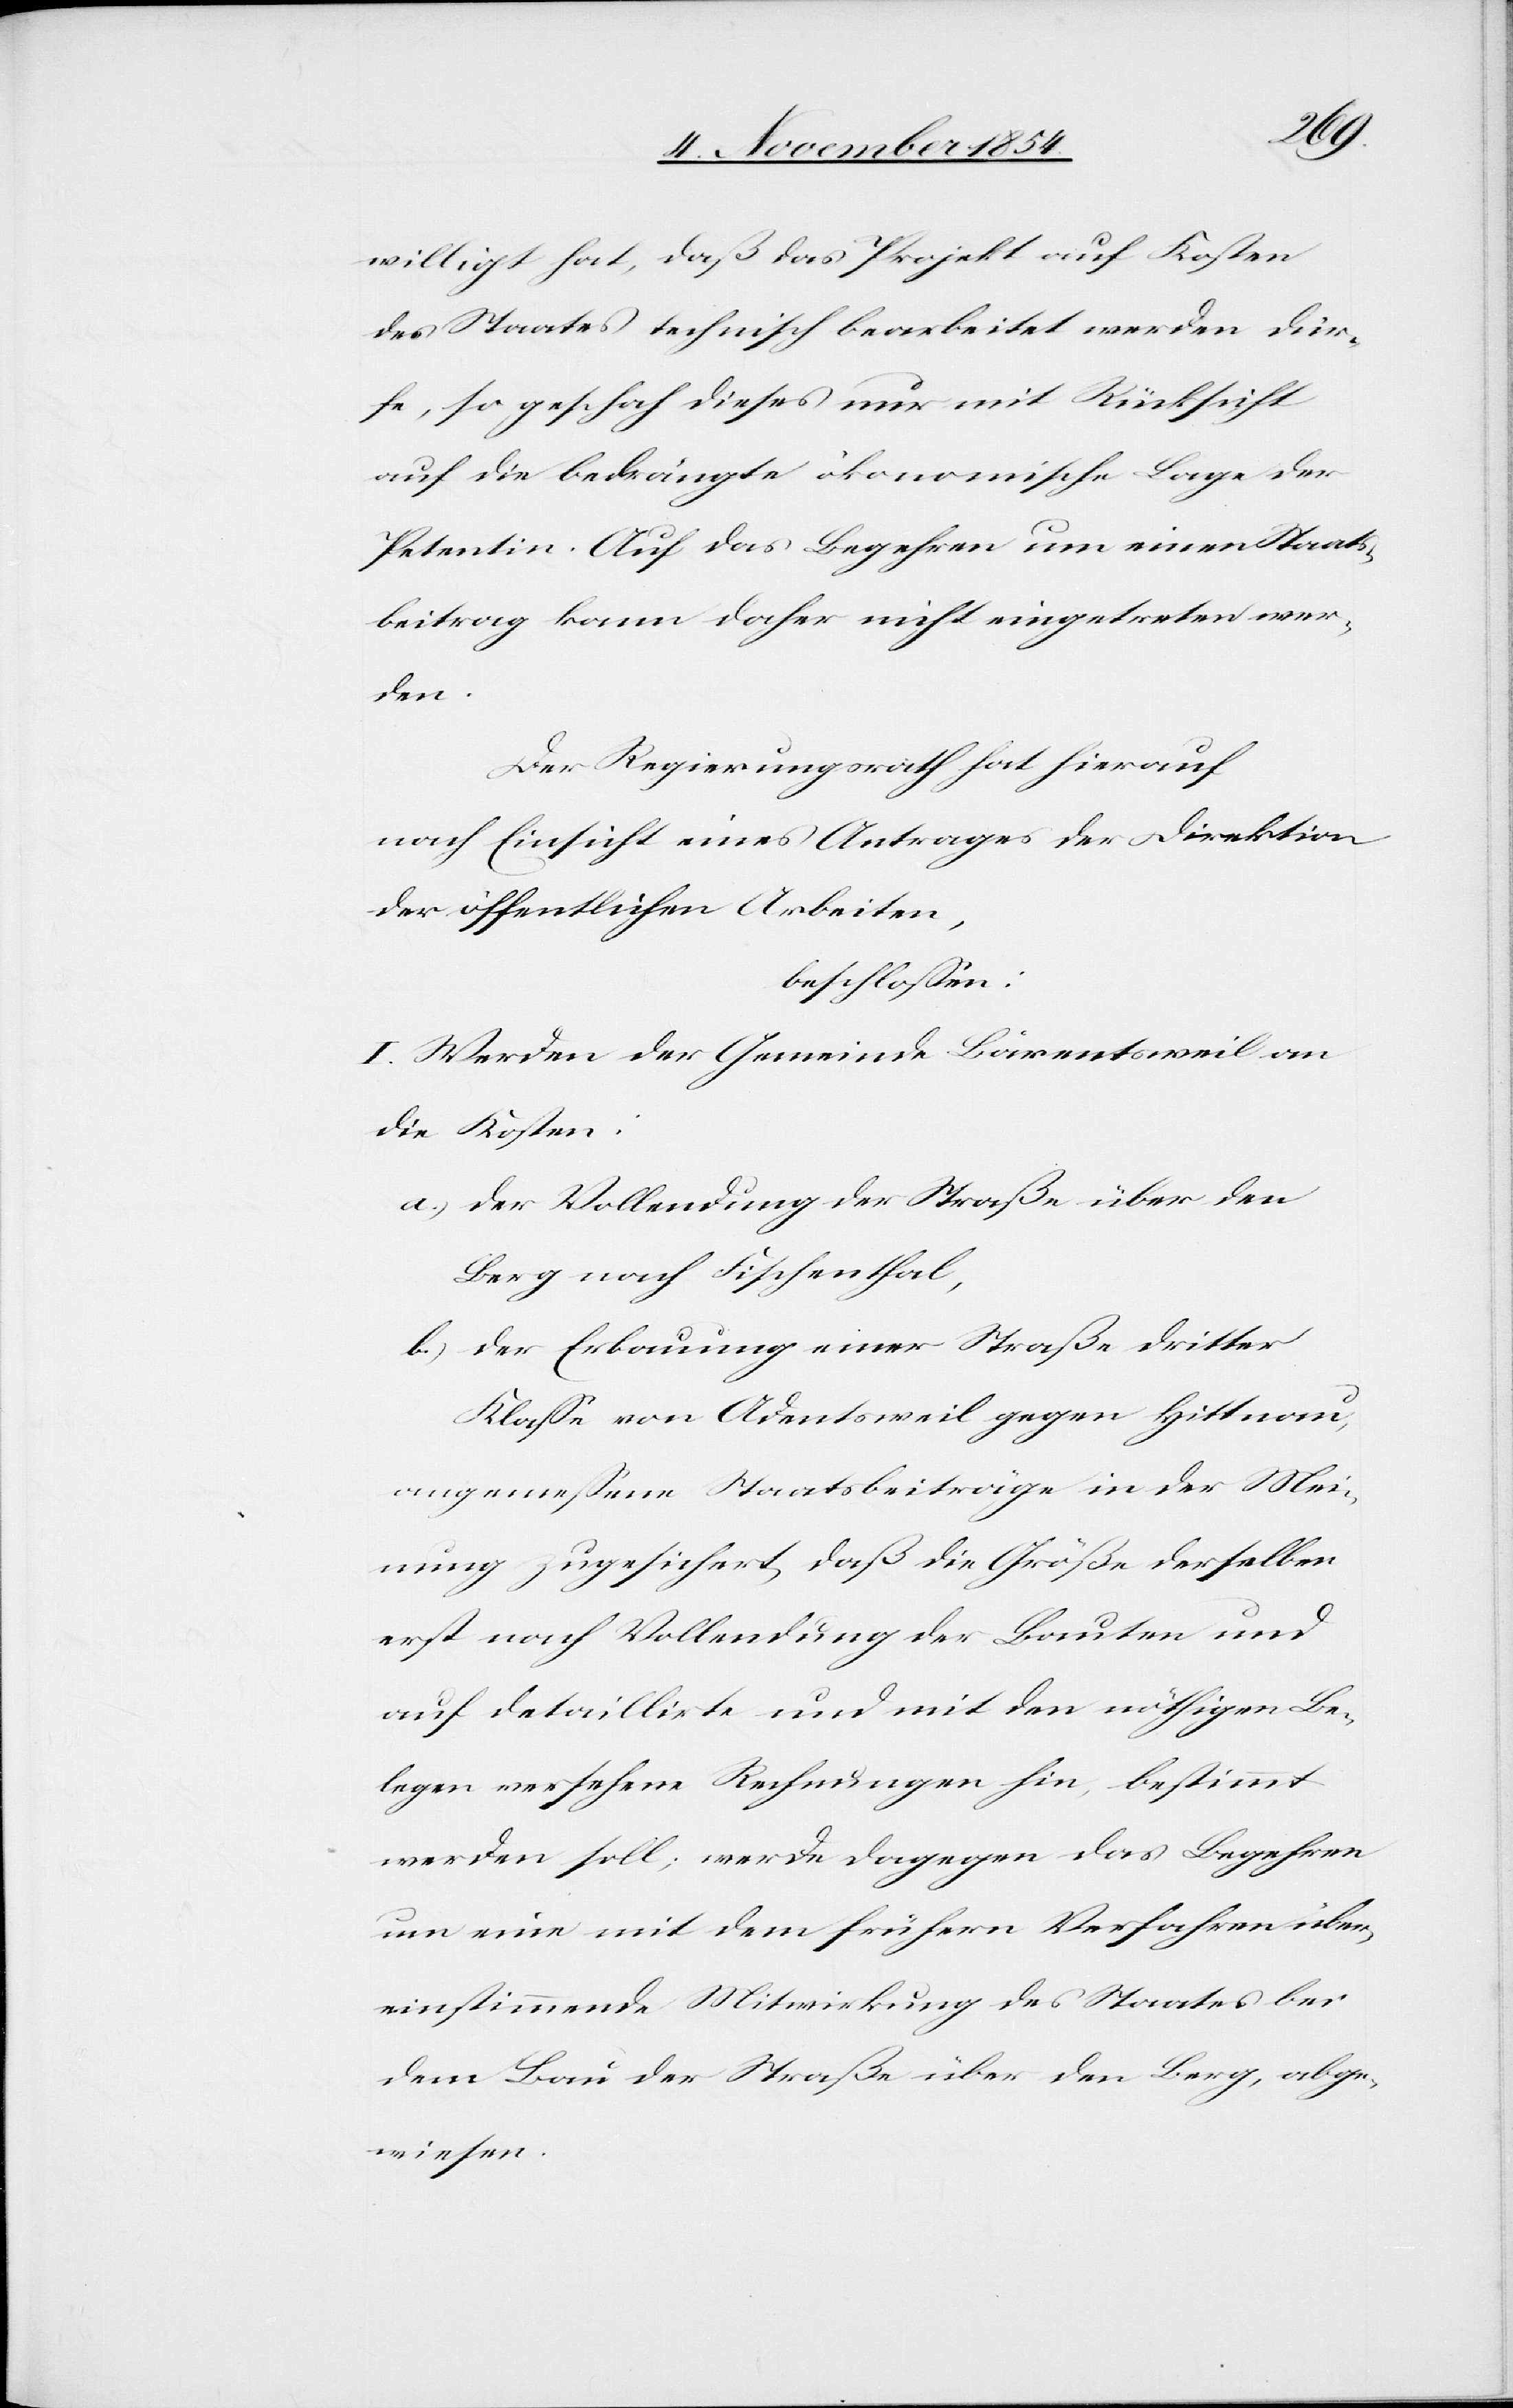
willigt hat, daß das Projekt auf Kosten
des Staates technisch bearbeitet werden dür¬
fe, so geschah dieses nur mit Rücksicht
auf die bedrängte ökonomische Lage der
Petentin. Auf das Begehren um einen Staats¬
betrag kann daher nicht eingetreten wer¬
den.
Der Regierungsrath hat hierauf
nach Einsicht eines Antrages der Direktion
der öffentlichen Arbeiten,
beschloßen:
I. Werden der Gemeinde Bärentsweil an
die Kosten:
a.) der Vollendung der Straße über den
Berg nach Fischenthal,
b.) der Erbauung einer Straße dritter
Klaße von Adentsweil gegen Hittnau,
angemeßene Staatsbeiträge in der Mei¬
nung zugesichert, daß die Größe derselben
erst nach Vollendung der Bauten und
auf detaillirte und mit den nöthigen Be¬
legen versehene Rechnungen hin, bestimmt
werden soll; werde dagegen das Begehren
um eine mit dem frühern Verfahren über¬
einstimmende Mitwirkung des Staates bei
dem Bau der Straße über den Berg, abge¬
wiesen.